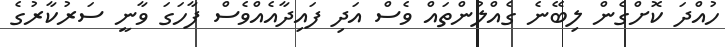
ހުއްދަ ކޮށްގެން ލިބޭނެ ގެއްލުންތައް ވެސް އަދި ފައިދާއެއްވެސް ފާހަގަ ވާނީ ސަރުކާރުގެ